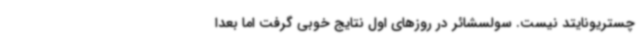
چستریونایتد نیست. سولسشائر در روزهای اول نتایج خوبی گرفت اما بعدا